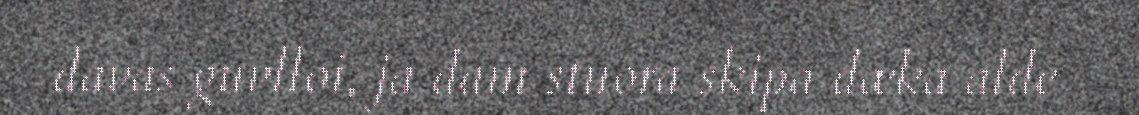
davas guvlloi, ja dam stuora skipa dæka alde